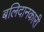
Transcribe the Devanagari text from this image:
बलिदानकारी